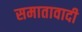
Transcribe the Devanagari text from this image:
समातावादी